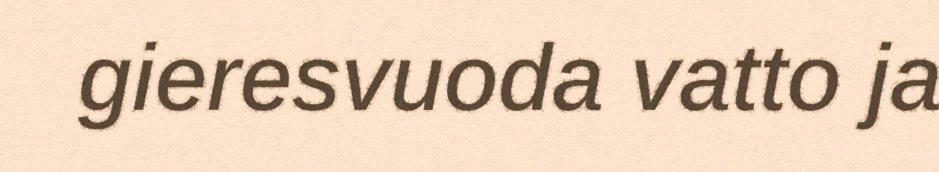
gieresvuoda vatto ja